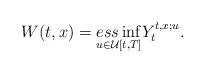
LaTeX: \begin{align*}W(t,x)=\underset{u\in\mathcal{U}[t,T]}{ess\inf}Y_{t}^{t,x;u}. \end{align*}